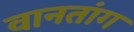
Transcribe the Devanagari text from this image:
वानतांग